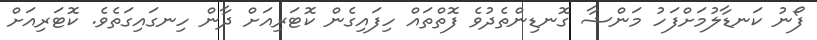
ފޯނު ކަނޑާލުމަށްފަހު މަންޝާ ގޮނޑިންތެދުވެ ފޮތްތައް ހިފައިގެން ކޮޓަރިއަށް ދާން ހިނގައިގަތެވެ. ކޮޓަރިއަށް